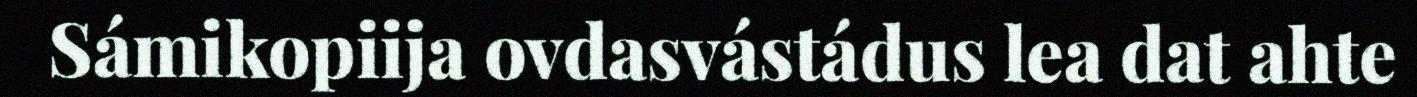
Sámikopiija ovdasvástádus lea dat ahte